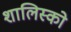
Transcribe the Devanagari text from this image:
शालिस्को